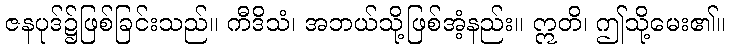
ဇနပုဒ်၌ဖြစ်ခြင်းသည်။ ကီဒိသံ၊ အဘယ်သို့ဖြစ်အံ့နည်း။ ဣတိ၊ ဤသို့မေး၏။